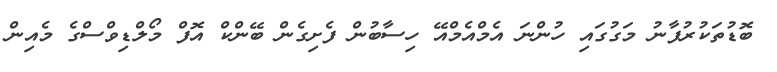
ބޮޑުތަކުރުފާނު މަގުގައި ހުންނަ އެމްއެމްއޭ ހިސާބުން ފެށިގެން ބޭންކް އޮފް މޯލްޑިވްސްގެ މެއިން